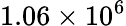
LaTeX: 1.06\times 10^{6}